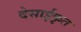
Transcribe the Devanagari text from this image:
देसाईकृत